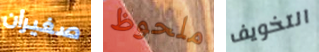
صغيران ملحوظ التخويف